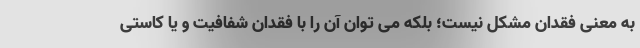
به معنی فقدان مشکل نیست؛ بلکه می توان آن را با فقدان شفافیت و یا کاستی